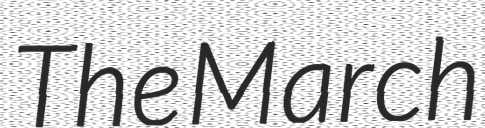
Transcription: The March